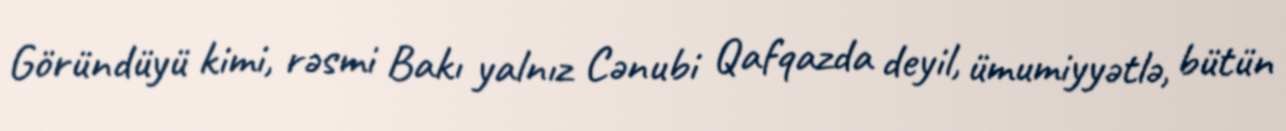
Göründüyü kimi, rəsmi Bakı yalnız Cənubi Qafqazda deyil, ümumiyyətlə, bütün